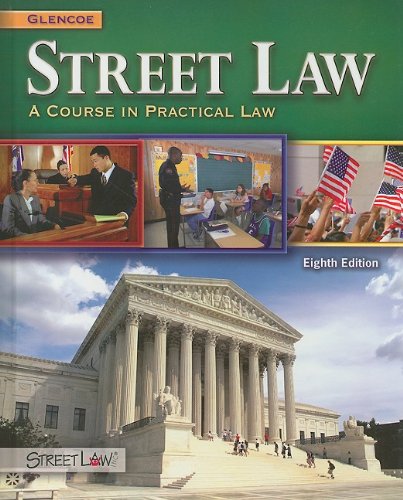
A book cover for Street Law: A Course in Practical Law; Lee P. Arbetman; Law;